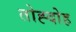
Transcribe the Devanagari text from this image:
तोह्दोह